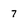
Character: 7